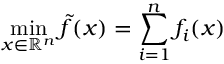
\operatorname* { m i n } _ { x \in \mathbb { R } ^ { n } } \tilde { f } ( x ) = \sum _ { i = 1 } ^ { n } f _ { i } ( x )